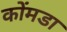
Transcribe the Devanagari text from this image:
कोंमडा